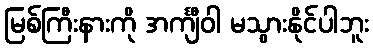
မြစ်ကြီးနားကို အင်္ကျီဝါ မသွားနိုင်ပါဘူး